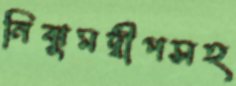
নিঝুমদ্বীপসহ